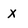
Character: x